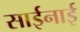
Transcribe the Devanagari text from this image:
साईनाई